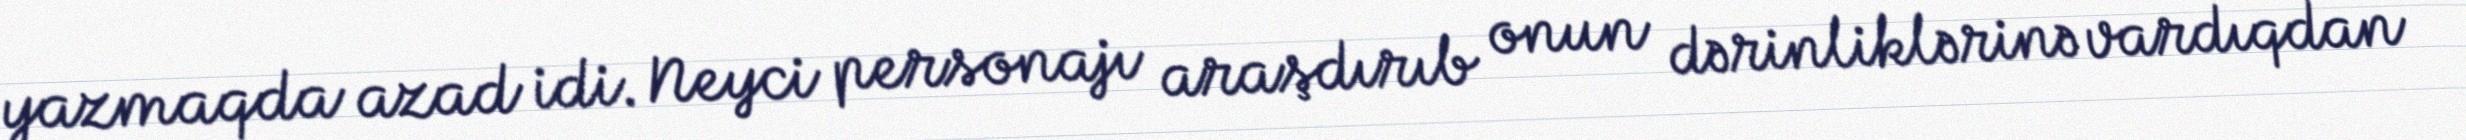
yazmaqda azad idi. Neyci personajı araşdırıb onun dərinliklərinə vardıqdan